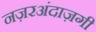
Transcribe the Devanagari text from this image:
नज़रअंदाज़गी